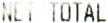
NET TOTAL